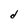
Character: d